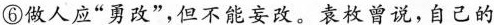
⑥做人应“勇改”，但不能妄改。袁枚曾说，自己的